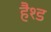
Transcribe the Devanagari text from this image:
हैश्ड